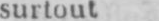
surtout